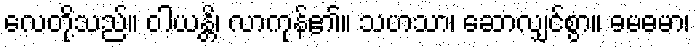
လေတို့သည်။ ဝါယန္တိ၊ လာကုန်၏။ သဟသာ၊ ဆောလျှင်စွာ။ ဓမဓမာ၊